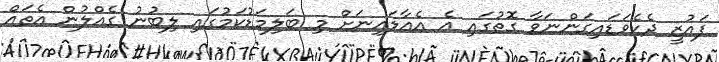
ފައުޒީ ދެކެވަޑައިގަންނަވާ ގޮތުގައި އެ އެއާލައިނަށް މި ބަލިމަޑުކަމުގައި ލިބުނު ގެއްލުން އެތައް